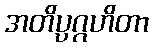
အတိပ္ပဂ္ဂဟိတာ